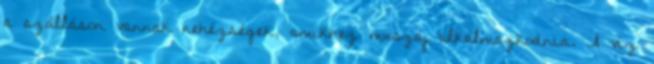
a szálláson vannak nehézségek, amikhez muszáj alkalmazkodnia. A víz